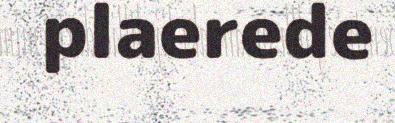
plaerede